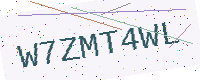
Text: W7ZMT4WL